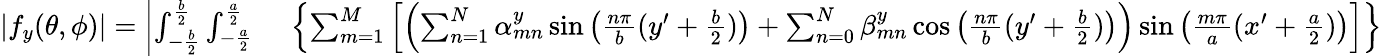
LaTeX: \begin{array}{rl}{|f_{y}(\theta,\phi)|=\left|\int_{-\frac{b}{2}}^{\frac{b}{2}}{\int_{-\frac{a}{2}}^{\frac{a}{2}}{}}\right.}&{{}\left\{ \sum_{m=1}^{M}\left[\left(\sum_{n=1}^{N}\alpha_{mn}^{y}\sin\left(\frac{n\pi}{b}(y^{\prime}+\frac{b}{2})\right)+\sum_{n=0}^{N}\beta_{mn}^{y}\cos\left(\frac{n\pi}{b}(y^{\prime}+\frac{b}{2})\right)\right)\sin\left(\frac{m\pi}{a}(x^{\prime}+\frac{a}{2})\right)\right]\right\} }\end{array}